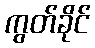
ကွတ်ခိုင်